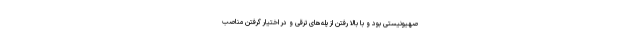
صهیونیستی بود و با بالا رفتن از پله‌های ترقی و در اختیار گرفتن مناصب